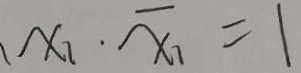
x _ { 1 } \cdot x _ { 1 } = 1